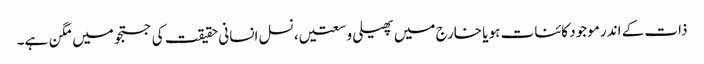
ذات کے اندر موجود کائنات ہو یا خارج میں پھیلی وسعتیں، نسل انسانی حقیقت کی جستجو میں مگن ہے۔